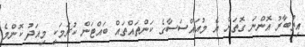
އިތުބާރު އޮންނަ ގޮތަށް އެ މުއައްސަސާގެ ކަންތައްތައް ބައްޓަން ކުރަމަކީ މިއަދު ކޮންމެ